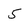
Character: 5